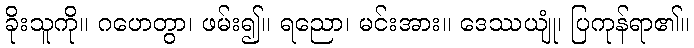
ခိုးသူကို။ ဂဟေတွာ၊ ဖမ်း၍။ ရညော၊ မင်းအား။ ဒေဿယျုံ၊ ပြကုန်ရာ၏။